Document type: Grant of rights
Year: 1326
Scribe: Bernat de Vilarúbia
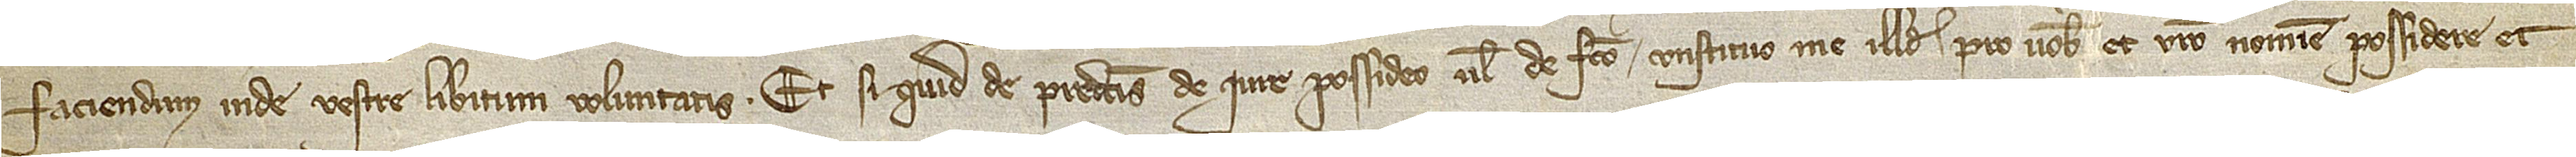
faciendum inde vestre libitum voluntatis. Et si quid de predictis de iure possideo vel de facto, constituo me illud pro vobis et vestro nomine possidere et